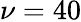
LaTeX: \nu=40